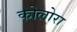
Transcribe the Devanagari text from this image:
कोलोरा